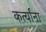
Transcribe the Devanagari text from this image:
कर्त्यांना